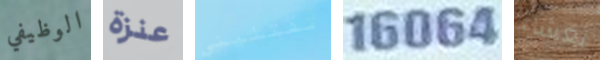
الوظيفي عنزة تقتليني 16064 بعشاء